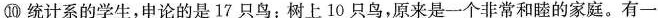
⑩统计系的学生，申论的是17只鸟：树上10只鸟，原来是一个非常和睦的家庭。有一